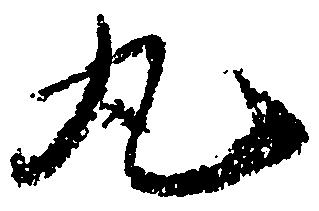
丸